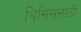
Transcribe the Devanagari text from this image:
थिसिससाठी